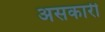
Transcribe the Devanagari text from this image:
असकारी